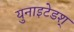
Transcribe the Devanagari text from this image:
युनाइटेडश्